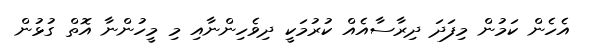
އެހެން ކަމުން މިފަދަ ދިރާސާއެއް ކުރުމަކީ ދިވެހިންނާއި މި މީހުންނާ އޮތް ގުޅުން